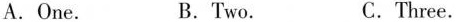
A.One. B.Two. C.Three.